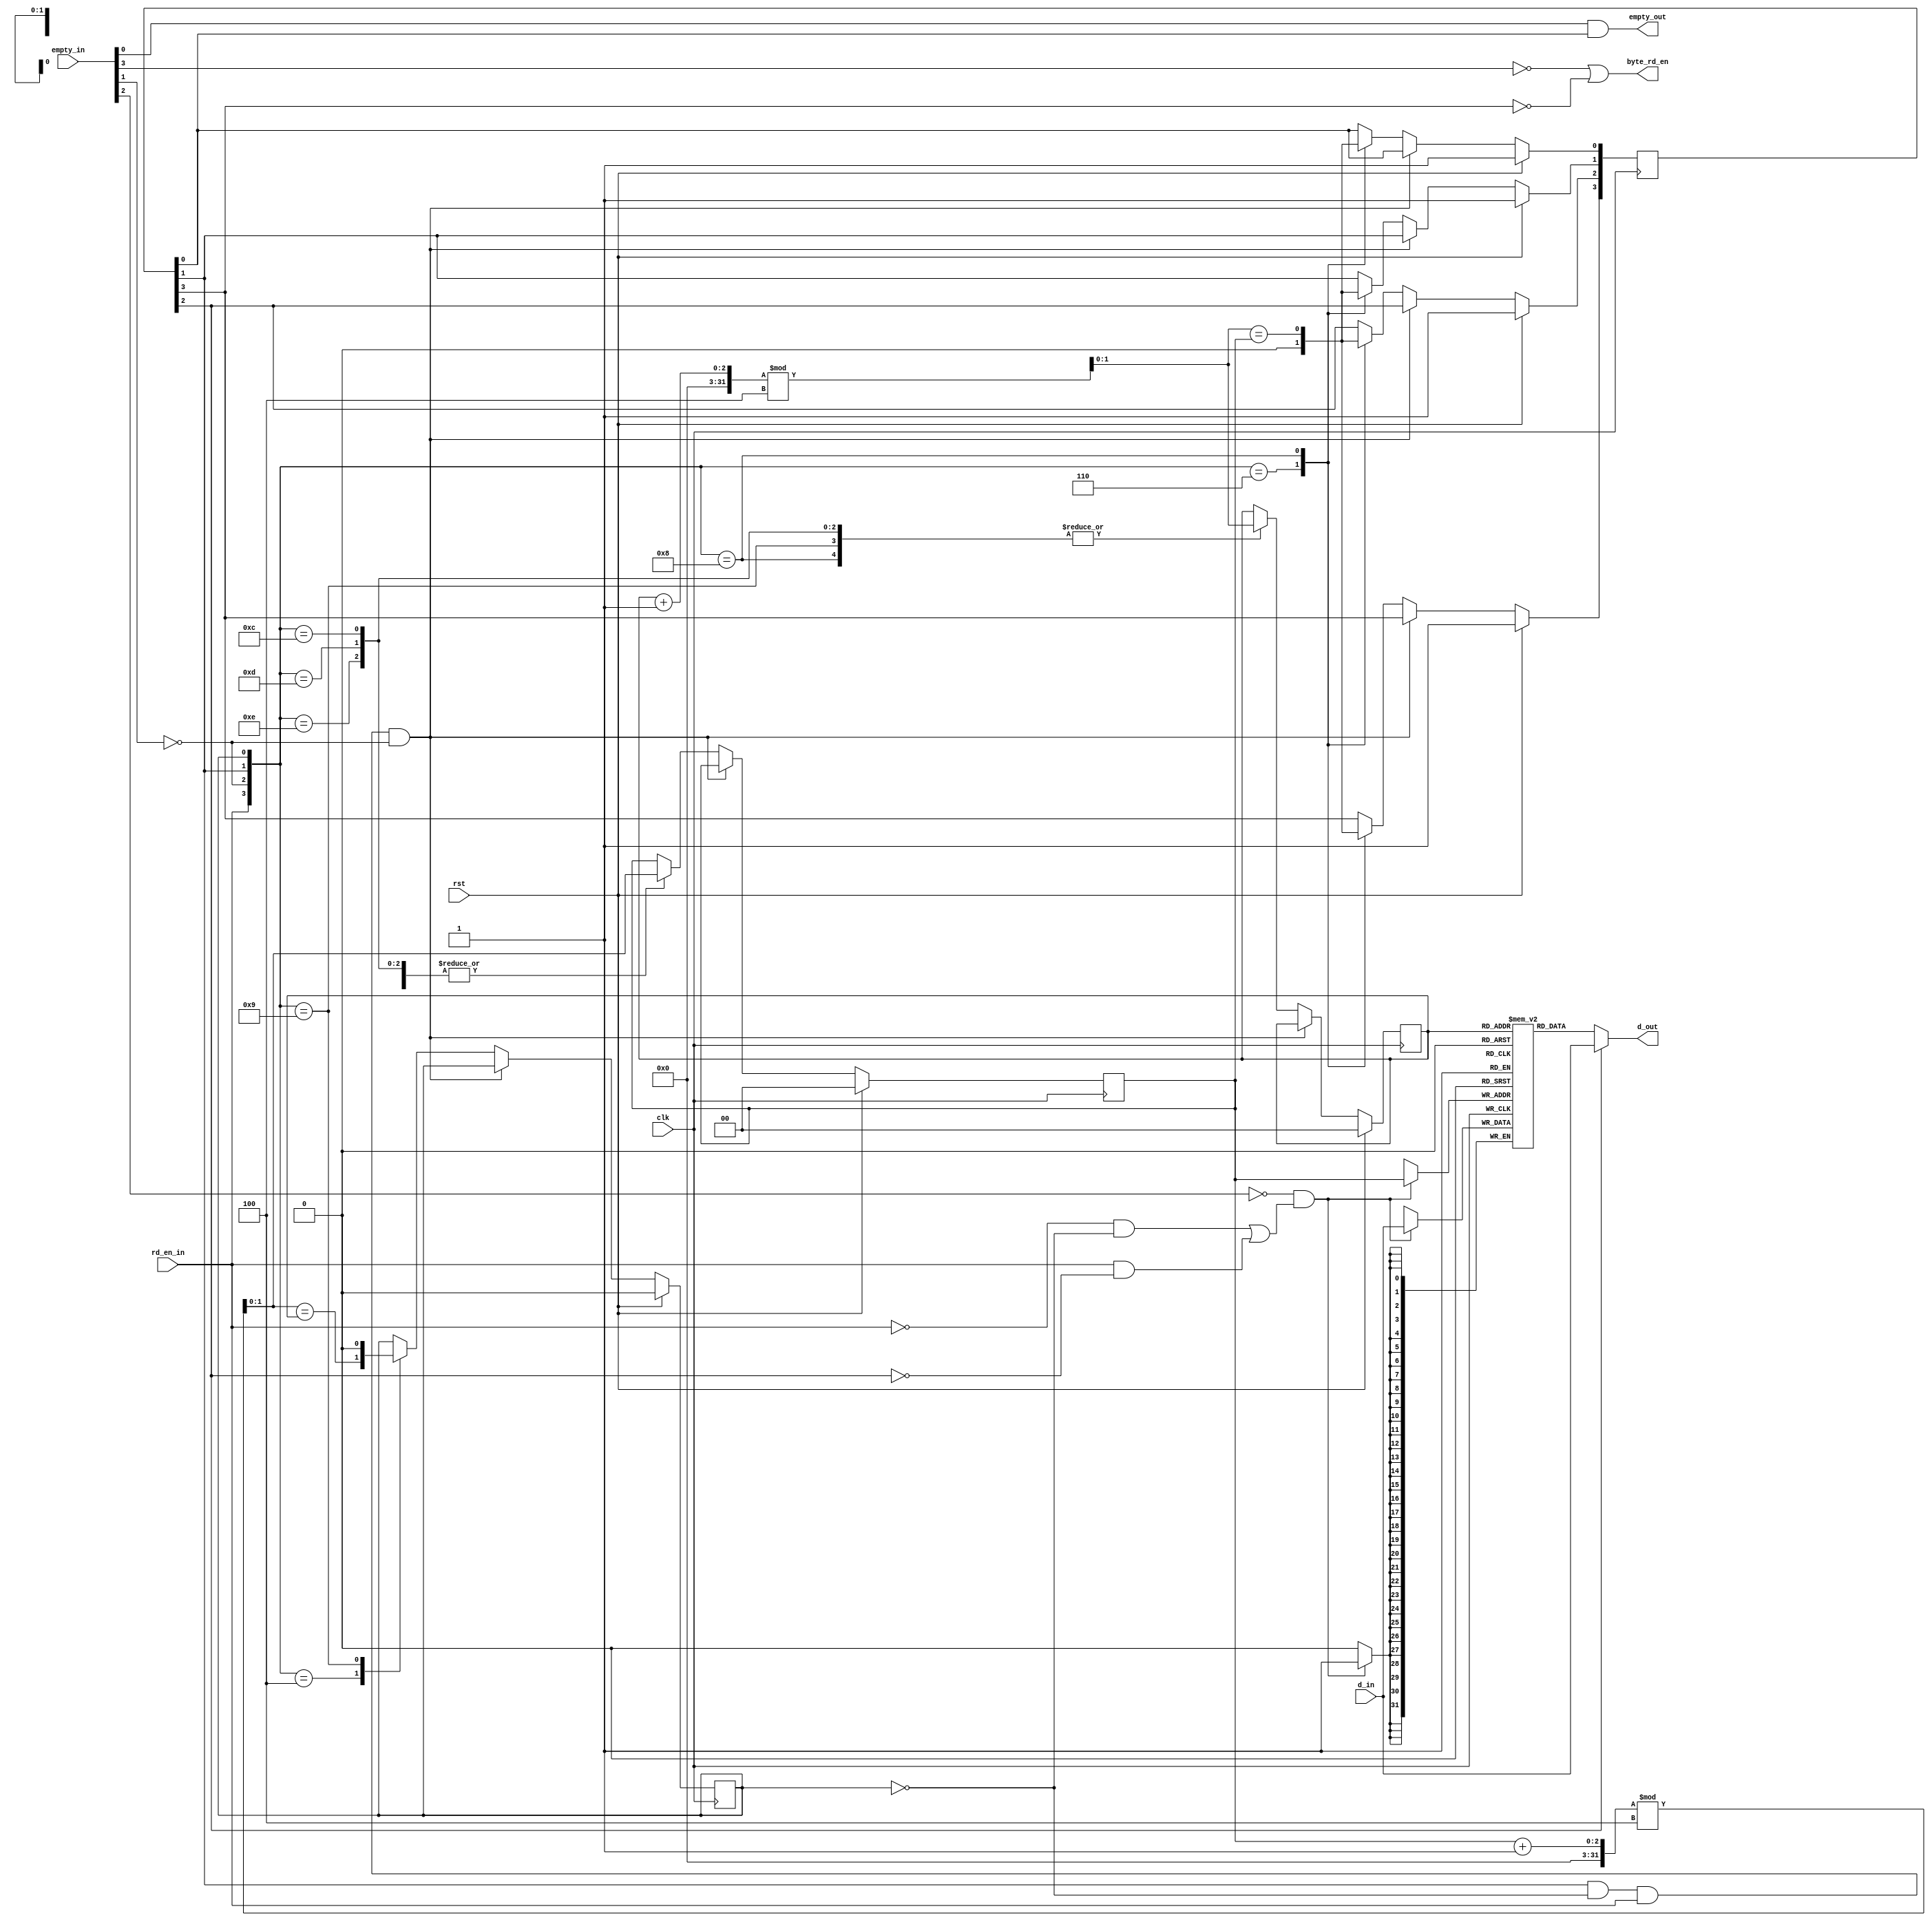
//*****************************************************************************
// (c) Copyright 2008 - 2012 Xilinx, Inc. All rights reserved.
//
// This file contains confidential and proprietary information
// of Xilinx, Inc. and is protected under U.S. and
// international copyright and other intellectual property
// laws.
//
// DISCLAIMER
// This disclaimer is not a license and does not grant any
// rights to the materials distributed herewith. Except as
// otherwise provided in a valid license issued to you by
// Xilinx, and to the maximum extent permitted by applicable
// law: (1) THESE MATERIALS ARE MADE AVAILABLE "AS IS" AND
// WITH ALL FAULTS, AND XILINX HEREBY DISCLAIMS ALL WARRANTIES
// AND CONDITIONS, EXPRESS, IMPLIED, OR STATUTORY, INCLUDING
// BUT NOT LIMITED TO WARRANTIES OF MERCHANTABILITY, NON-
// INFRINGEMENT, OR FITNESS FOR ANY PARTICULAR PURPOSE; and
// (2) Xilinx shall not be liable (whether in contract or tort,
// including negligence, or under any other theory of
// liability) for any loss or damage of any kind or nature
// related to, arising under or in connection with these
// materials, including for any direct, or any indirect,
// special, incidental, or consequential loss or damage
// (including loss of data, profits, goodwill, or any type of
// loss or damage suffered as a result of any action brought
// by a third party) even if such damage or loss was
// reasonably foreseeable or Xilinx had been advised of the
// possibility of the same.
//
// CRITICAL APPLICATIONS
// Xilinx products are not designed or intended to be fail-
// safe, or for use in any application requiring fail-safe
// performance, such as life-support or safety devices or
// systems, Class III medical devices, nuclear facilities,
// applications related to the deployment of airbags, or any
// other applications that could lead to death, personal
// injury, or severe property or environmental damage
// (individually and collectively, "Critical
// Applications"). Customer assumes the sole risk and
// liability of any use of Xilinx products in Critical
// Applications, subject only to applicable laws and
// regulations governing limitations on product liability.
//
// THIS COPYRIGHT NOTICE AND DISCLAIMER MUST BE RETAINED AS
// PART OF THIS FILE AT ALL TIMES.
//
//*****************************************************************************
//   ____  ____
//  /   /\/   /
// /___/  \  /    Vendor                : Xilinx
// \   \   \/     Version               : %version
//  \   \         Application           : MIG
//  /   /         Filename              : if_post_fifo.v
// /___/   /\     Date Last Modified    : $date$
// \   \  /  \    Date Created          : Feb 08 2011
//  \___\/\___\
//
//Device            : 7 Series
//Design Name       : DDR3 SDRAM
//Purpose           : Extends the depth of a PHASER IN_FIFO up to 4 entries
//Reference         :
//Revision History  :
//*****************************************************************************

/******************************************************************************
**$Id: if_post_fifo.v,v 1.4 2011/05/23 06:13:05 ssaifee Exp $
**$Date: 2011/05/23 06:13:05 $
**$Author: ssaifee $
**$Revision: 1.4 $
**$Source: /devl/xcs/repo/env/Databases/ip/src2/O/mig_7series_v1_2/data/dlib/7series/ddr3_sdram/verilog/rtl/phy/if_post_fifo.v,v $
******************************************************************************/

`timescale 1 ps / 1 ps

module mig_7series_v1_8_ddr_if_post_fifo #
  (
   parameter TCQ   = 100,             // clk->out delay (sim only)
   parameter DEPTH = 4,               // # of entries
   parameter WIDTH = 32               // data bus width
   )
  (
   input              clk,            // clock
   input              rst,            // synchronous reset
   input [3:0]        empty_in,
   input              rd_en_in,
   input [WIDTH-1:0]  d_in,           // write data from controller
   output             empty_out,
   output             byte_rd_en,
   output [WIDTH-1:0] d_out           // write data to OUT_FIFO
   );
  
  // # of bits used to represent read/write pointers
  localparam PTR_BITS 
             = (DEPTH == 2) ? 1 : 
               (((DEPTH == 3) || (DEPTH == 4)) ? 2 : 'bx);

  integer i;
  
  reg [WIDTH-1:0]    mem[0:DEPTH-1];
(* keep = "true", equivalent_register_removal = "no", max_fanout = 3 *)  reg [3:0]          my_empty /* synthesis syn_maxfan = 3 */;
  // synthesis attribute MAX_FANOUT of my_empty is 3; 
  reg                my_full;
(* keep = "true", max_fanout = 10 *)  reg [PTR_BITS-1:0] rd_ptr;
  // synthesis attribute MAX_FANOUT of rd_ptr is 10; 
(* keep = "true", max_fanout = 10 *)  reg [PTR_BITS-1:0] wr_ptr;
  // synthesis attribute MAX_FANOUT of wr_ptr is 10; 

  task updt_ptrs;
    input rd;
    input wr;
    reg [1:0] next_rd_ptr;
    reg [1:0] next_wr_ptr;
    begin
      next_rd_ptr = (rd_ptr + 1'b1)%DEPTH;
      next_wr_ptr = (wr_ptr + 1'b1)%DEPTH;
      casez ({rd, wr, my_empty[1], my_full})
        4'b00zz: ; // No access, do nothing
        4'b0100: begin
          // Write when neither empty, nor full; check for full
          wr_ptr  <= #TCQ next_wr_ptr;
          my_full <= #TCQ (next_wr_ptr == rd_ptr);
          //mem[wr_ptr] <= #TCQ d_in;
        end
        4'b0110: begin
          // Write when empty; no need to check for full
          wr_ptr   <= #TCQ next_wr_ptr;
          my_empty <= #TCQ 4'b0000;
          //mem[wr_ptr] <= #TCQ d_in;
        end     
        4'b1000: begin
          // Read when neither empty, nor full; check for empty
          rd_ptr   <= #TCQ next_rd_ptr;
          my_empty[0] <= #TCQ (next_rd_ptr == wr_ptr);
          my_empty[1] <= #TCQ (next_rd_ptr == wr_ptr);
          my_empty[2] <= #TCQ (next_rd_ptr == wr_ptr);
          my_empty[3] <= #TCQ (next_rd_ptr == wr_ptr);
        end
        4'b1001: begin
          // Read when full; no need to check for empty
          rd_ptr <= #TCQ next_rd_ptr;
          my_full <= #TCQ 1'b0;
        end
        4'b1100, 4'b1101, 4'b1110: begin
          // Read and write when empty, full, or neither empty/full; no need 
          // to check for empty or full conditions
          rd_ptr <= #TCQ next_rd_ptr;
          wr_ptr <= #TCQ next_wr_ptr;
          //mem[wr_ptr] <= #TCQ d_in;
        end
        4'b0101, 4'b1010: ;
          // Read when empty, Write when full; Keep all pointers the same
          // and don't change any of the flags (i.e. ignore the read/write). 
          // This might happen because a faulty DQS_FOUND calibration could 
          // result in excessive skew between when the various IN_FIFO's
          // first become not empty. In this case, the data going to each
          // post-FIFO/IN_FIFO should be read out and discarded
        // synthesis translate_off
        default: begin
          // Covers any other cases, in particular for simulation if
          // any signals are X's
          $display("ERR %m @%t: Bad access: rd:%b,wr:%b,empty:%b,full:%b", 
                   $time, rd, wr, my_empty, my_full);    
          rd_ptr <=  #TCQ 2'bxx;
          wr_ptr <=  #TCQ 2'bxx;
        end
        // synthesis translate_on
      endcase
    end
  endtask

  wire [WIDTH-1:0] mem_out;

  assign d_out = my_empty[2] ? d_in : mem_out;//mem[rd_ptr];
  // The combined IN_FIFO + post FIFO is only "empty" when both are empty
  assign empty_out = empty_in[0] & my_empty[0];
  assign byte_rd_en = !empty_in[3] || !my_empty[3];
  
  always @(posedge clk) 
    if (rst) begin
      my_empty <=  #TCQ 4'b1111;
      my_full  <=  #TCQ 1'b0;
      rd_ptr   <=  #TCQ 'b0;
      wr_ptr   <=  #TCQ 'b0;
    end else begin
      // Special mode: If IN_FIFO has data, and controller is reading at
      // the same time, then operate post-FIFO in "passthrough" mode (i.e. 
      // don't update any of the read/write pointers, and route IN_FIFO
      // data to post-FIFO data)
      if (my_empty[1] && !my_full && rd_en_in && !empty_in[1]) ;
      else
        // Otherwise, we're writing to FIFO when IN_FIFO is not empty,
        // and reading from the FIFO based on the rd_en_in signal (read
        // enable from controller). The functino updt_ptrs should catch
        // an illegal conditions. 
        updt_ptrs(rd_en_in, !empty_in[1]);
    end

wire wr_en;

assign wr_en = (!empty_in[2] & ((!rd_en_in & !my_full) |
                                (rd_en_in & !my_empty[2])));


always @ (posedge clk)
begin
  if (wr_en)
    mem[wr_ptr] <= #TCQ d_in;
end

assign mem_out = mem [rd_ptr];

endmodule